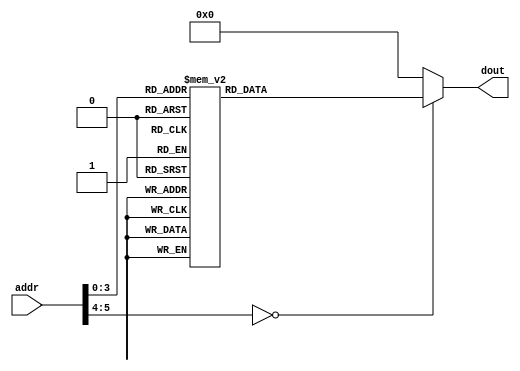

module InstructionROM(addr,dout);
	input [5 : 0] addr;
	output [31 : 0] dout;
	//
	reg [31 : 0] dout;
	/*
	Instructions:
	J 0x000000B
	ADDI $t0 $zero 0x0042
	ADDI $t1 $zero 0x0004
	SUB $t2 $t0 $t1
	OR $t3 $t2 $t0
	SW $t3 0x000C $zero
	LW $t4 0x0008 $t1
	SLL $t0 $t4 0x02
	LW $t3 0x0008 $t1
	SLTU $t3 $t1 $t2
	J 0x000000A
	BNE $zero $zero 0x0001
	BEQ $zero $zero 0xFFF4
	 */
	always @(*)
		case (addr)
			6'd0:   dout=32'h0800000b ;
			6'd1:   dout=32'h20080042 ;
			6'd2:   dout=32'h20090004 ;
			6'd3:   dout=32'h01095022 ;
			6'd4:   dout=32'h01485825 ;
			6'd5:   dout=32'hac0b000c ;
			6'd6:   dout=32'h8d2c0008 ;
			6'd7:   dout=32'h000c4080 ;
			6'd8:   dout=32'h8d2b0008 ;
			6'd9:   dout=32'h012a582b ;
			6'd10:  dout=32'h0800000a ;
			6'd11:  dout=32'h14000001 ;
			6'd12:  dout=32'h1000fff4 ;
			6'd13:  dout=32'h00000000 ;
			default:dout=32'h00000000 ;
		endcase	
endmodule